Annual administration report of the Civil Veterinary Department of India - 1895-1896
Year: 1895
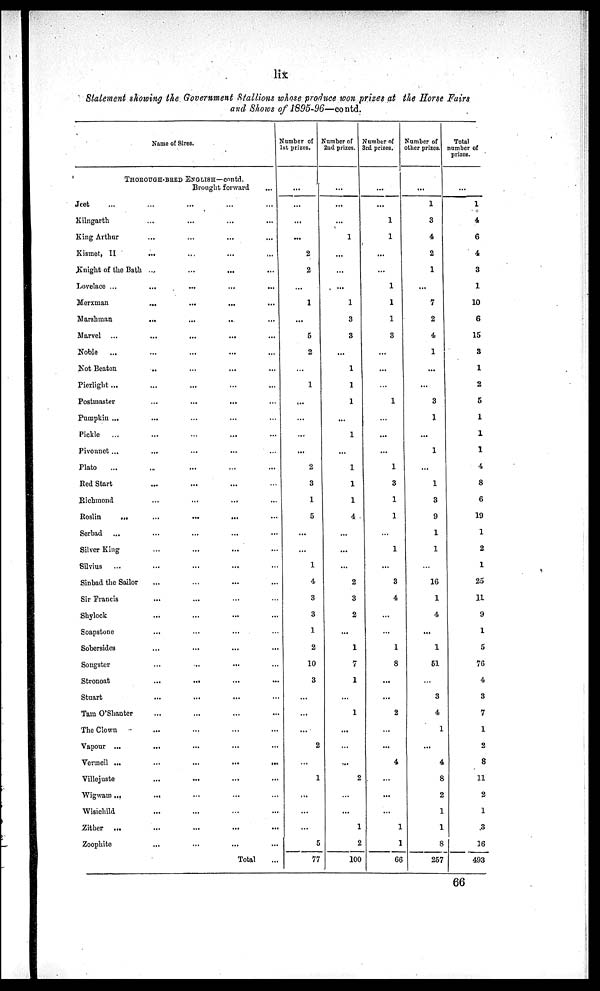
lix
Statement showing the Government Stallions whose produce won prizes at the Horse Fairs
and Shows of 1895-96—contd.
Name of Sires.
THOROUGH-BRED ENGLISH—contd.
Brought forward
...
Jeet
...
...
...
Kilngarth
...
...
...
...
King Arthur
...
...
...
...
Kismet, II
...
...
...
Knight of the Bath
...
...
...
Lovelace ...
...
...
......
Merxman
...
...
...
...
Marshman
...
...
..
...
Marvel
...
...
...
...
Noble ...
...
...
... ...
Not Beaton
..
....
....
Pierlight .....
...
...
...
Postmaster.. ....
...
Pumpkin ...
... ... ...
Pickle. ...
...
...
Pivonnet ...
...
...
...
Plato
...
...
...
...
Red Start
...
...
Richmond
...
...
...
...
Roslin
...
...
...
...
...
Serbad
...
...
Silver King...
...
...
Silvius
...
...
...
Sinbad the Sailor
...
...
...
...
Sir Francis...
... ...
Shylock.... ....
....
Soapstone.. ...
....
Sobersides...
...
...
...
Songster...
...
...
Stronoat.. ...
....
...
Stuart...
...
...
...
Tam
O'Shanter
...
...
...
...
The Clown
...
...
......
Vapour ...
..
...
...
...
Vermeil ...
...
...
...
...
Villejuste
...
...
...
...
Wigwam ...
...
...
...
Wisichild
...
...
...
...
Zither
...
...
...
...
...
Zoophite
...
...
...
...
Total
...
Number of
1st prizes.
...
...
...
...
2
2
1
...
5
2
1
...
...
...
...
2
3
1
5
...
...
1
4
3
3
1
2
10
3
...
...
...
2
...
1
...
...
...
5
77
Number of
2nd prizes.
...
...
...
1
...
...
...
1
3
3
...
1
1
1
...
1
1
1
1
4
...
...
...
2
3
2
...
1
7
1
...
1
...
...
...
2
...
...
1
2
100
Number of
3rd prizes.
...
...
1
1
...
...
1
1
1
3
...
...
...
1
...
...
...
1
3
1
1
1
...
3
4
...
...
1
8
...
...
2
...
...
4
...
...
...
1
1
66
Number of
other prizes.
...
1
3
4
2
1
...
7
2
4
1
...
...
3
1
...
1
...
1
3
9
1
1
...
16
1
4
...
1
51
...
3
4
1
...
4
8
2
1
1
8
257
Total
number of
prizes.
...
1
4
6
4
3
1
10
6
15
3
1
2
5
1
1
1
4
8
6
19
1
2
1
25
11
9
1
5
76
4
3
7
1
2
8
11
2
1
3
16
493
66